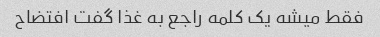
فقط میشه یک کلمه راجع به غذا گفت افتضاح